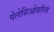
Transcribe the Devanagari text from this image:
पेलेसिओसॉरस